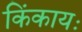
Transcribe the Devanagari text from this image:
किंकायः